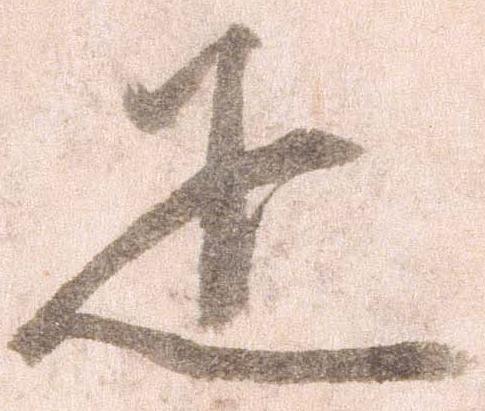
疋